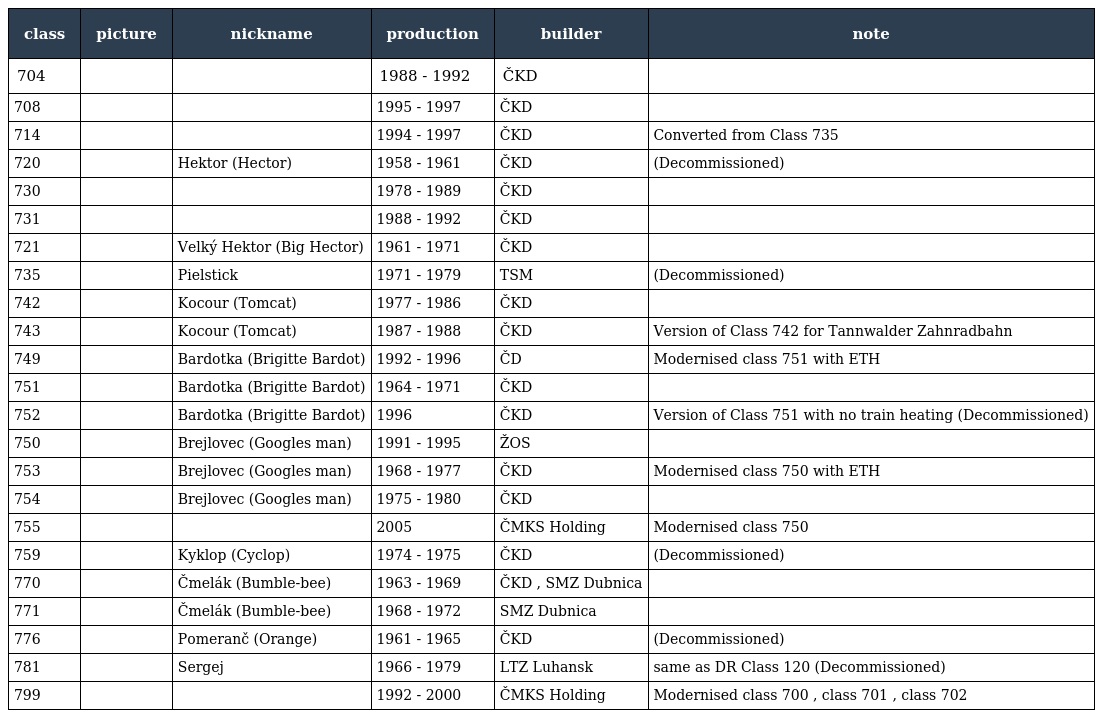
| class | picture | nickname | production | builder | note |
 | --- | --- | --- | --- | --- | --- |
 | 704 |  |  | 1988 - 1992 | ČKD |  |
 | 708 |  |  | 1995 - 1997 | ČKD |  |
 | 714 |  |  | 1994 - 1997 | ČKD | Converted from Class 735 |
 | 720 |  | Hektor (Hector) | 1958 - 1961 | ČKD | (Decommissioned) |
 | 730 |  |  | 1978 - 1989 | ČKD |  |
 | 731 |  |  | 1988 - 1992 | ČKD |  |
 | 721 |  | Velký Hektor (Big Hector) | 1961 - 1971 | ČKD |  |
 | 735 |  | Pielstick | 1971 - 1979 | TSM | (Decommissioned) |
 | 742 |  | Kocour (Tomcat) | 1977 - 1986 | ČKD |  |
 | 743 |  | Kocour (Tomcat) | 1987 - 1988 | ČKD | Version of Class 742 for Tannwalder Zahnradbahn |
 | 749 |  | Bardotka (Brigitte Bardot) | 1992 - 1996 | ČD | Modernised class 751 with ETH |
 | 751 |  | Bardotka (Brigitte Bardot) | 1964 - 1971 | ČKD |  |
 | 752 |  | Bardotka (Brigitte Bardot) | 1996 | ČKD | Version of Class 751 with no train heating (Decommissioned) |
 | 750 |  | Brejlovec (Googles man) | 1991 - 1995 | ŽOS |  |
 | 753 |  | Brejlovec (Googles man) | 1968 - 1977 | ČKD | Modernised class 750 with ETH |
 | 754 |  | Brejlovec (Googles man) | 1975 - 1980 | ČKD |  |
 | 755 |  |  | 2005 | ČMKS Holding | Modernised class 750 |
 | 759 |  | Kyklop (Cyclop) | 1974 - 1975 | ČKD | (Decommissioned) |
 | 770 |  | Čmelák (Bumble-bee) | 1963 - 1969 | ČKD , SMZ Dubnica |  |
 | 771 |  | Čmelák (Bumble-bee) | 1968 - 1972 | SMZ Dubnica |  |
 | 776 |  | Pomeranč (Orange) | 1961 - 1965 | ČKD | (Decommissioned) |
 | 781 |  | Sergej | 1966 - 1979 | LTZ Luhansk | same as DR Class 120 (Decommissioned) |
 | 799 |  |  | 1992 - 2000 | ČMKS Holding | Modernised class 700 , class 701 , class 702 |